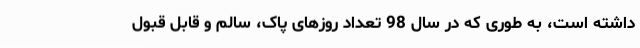
داشته است، به طوری که در سال 98 تعداد روزهای پاک، سالم و قابل قبول